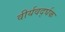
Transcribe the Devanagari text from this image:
वीर्यवर्द्घक